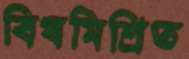
বিষমিশ্রিত